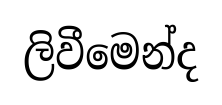
ලිවීමෙන්ද